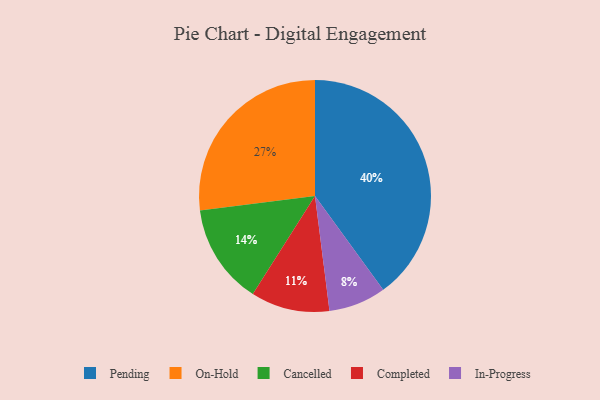
{"axis": {"x": "Category", "y": "Percentage"}, "legend": ["Cancelled", "Completed", "In-Progress", "On-Hold", "Pending"], "data": [{"x": "Pending", "y": 40, "type": "Pending"}, {"x": "In-Progress", "y": 8, "type": "In-Progress"}, {"x": "Cancelled", "y": 14, "type": "Cancelled"}, {"x": "On-Hold", "y": 27, "type": "On-Hold"}, {"x": "Completed", "y": 11, "type": "Completed"}]}